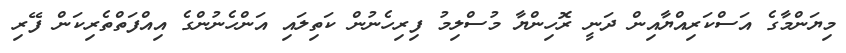
މިޔަންމާގެ އަސްކަރިއްޔާއިން ދަނީ ރޮހިންޔާ މުސްލިމު ފިރިހެނުން ކަތިލައި އަންހެނުންގެ އިއްފަތްތެރިކަން ފޭރި